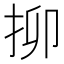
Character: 㧕